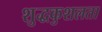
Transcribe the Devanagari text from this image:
शुद्धकुशलता